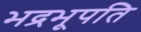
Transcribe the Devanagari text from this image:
भद्रभूपति